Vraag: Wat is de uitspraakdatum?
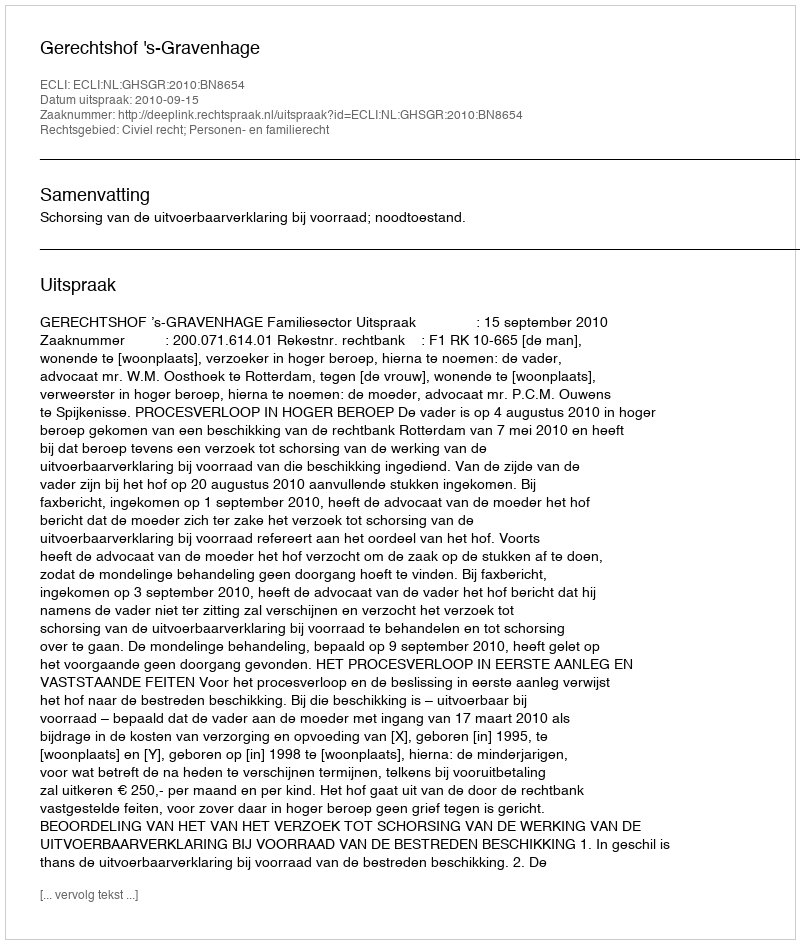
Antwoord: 2010-09-15